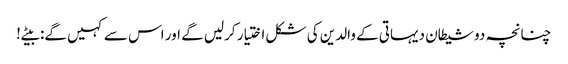
چنانچہ دو شیطان دیہاتی کے والدین کی شکل اختیار کرلیں گے اور اس سے کہیں گے: بیٹے!